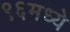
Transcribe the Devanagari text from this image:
९६मध्ये